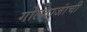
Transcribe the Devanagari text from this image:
गोलदाजांची